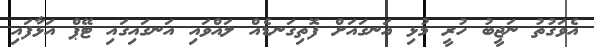
އެވަގުތު ނަޖީބު ހުރީ މުޅި އަނގައަށް ފޮތިގަނޑެއް ލައްވައި އަނގައިގައި ޓޭޕް އަޅާފައި